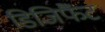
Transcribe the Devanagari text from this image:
डिजिफैंट